Civil Veterinary Dept. Bombay admin report 1923-31 - 1923-1931
Year: 1923
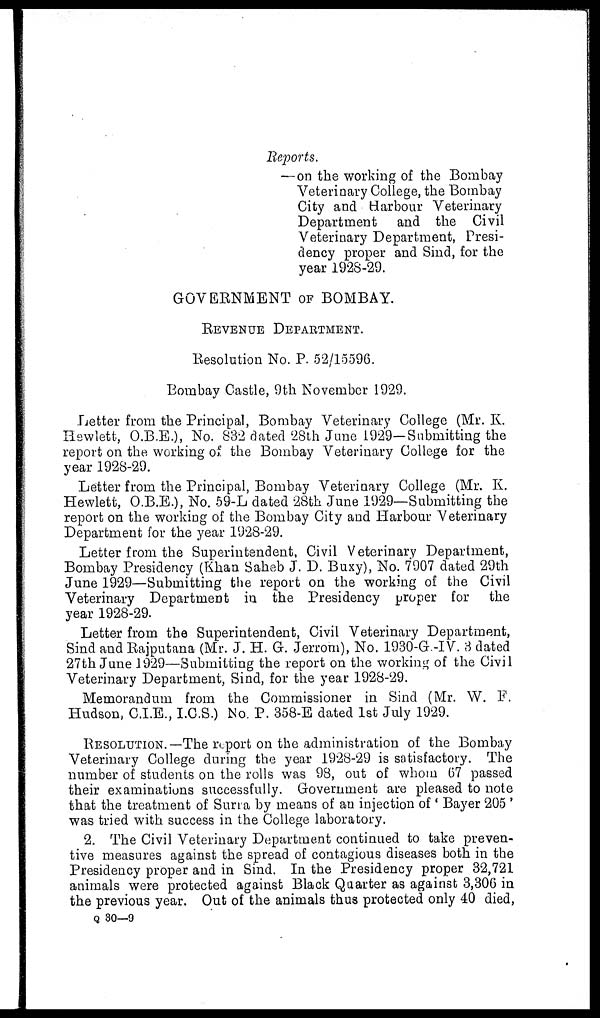
Reports.
—on the working of the Bombay
Veterinary College, the Bombay
City and Harbour Veterinary
Department and the Civil
Veterinary Department, Presi-
dency proper and Sind, for the
year 1928-29.
GOVERNMENT OF BOMBAY.
REVENUE DEPARTMENT.
Resolution No. P. 52/15596.
Bombay Castle, 9th November 1929.
Letter from the Principal, Bombay Veterinary College (Mr. K.
Hewlett, O.B.E.), No. 832 dated 28th June 1929—Submitting the
report on the working of the Bombay Veterinary College for the
year 1928-29.
Letter from the Principal, Bombay Veterinary College (Mr. K.
Hewlett, O.B.E.), No. 59-L dated 28th June 1929—Submitting the
report on the working of the Bombay City and Harbour Veterinary
Department for the year 1928-29.
Letter from the Superintendent, Civil Veterinary Department,
Bombay Presidency (Khan Saheb J. D. Buxy), No. 7907 dated 29th
June 1929—Submitting the report on the working of the Civil
Veterinary Department in the Presidency proper for the
year 1928-29.
Letter from the Superintendent, Civil Veterinary Department,
Sind and Rajputana (Mr. J. H. G. Jerrom), No. 1930-G.-IV. 3 dated
27th June 1929—Submitting the report on the working of the Civil
Veterinary Department, Sind, for the year 1928-29.
Memorandum from the Commissioner in Sind (Mr. W. F.
Hudson, C.I.E., I.C.S.) No. P. 358-E dated 1st July 1929.
RESOLUTION.—The report on the administration of the Bombay
Veterinary College during the year 1928-29 is satisfactory. The
number of students on the rolls was 98, out of whom 67 passed
their examinations successfully. Government are pleased to note
that the treatment of Surra by means of an injection of 'Bayer 205
was tried with success in the College laboratory.
2. The Civil Veterinary Department continued to take preven-
tive measures against the spread of contagious diseases both in the
Presidency proper and in Sind. In the Presidency proper 32,721
animals were protected against Black Quarter as against 3,306 in
the previous year. Out of the animals thus protected only 40 died,
Q 30—9